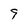
Character: 9